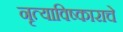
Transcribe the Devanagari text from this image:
नृत्याविष्काराचे